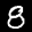
Label: 8